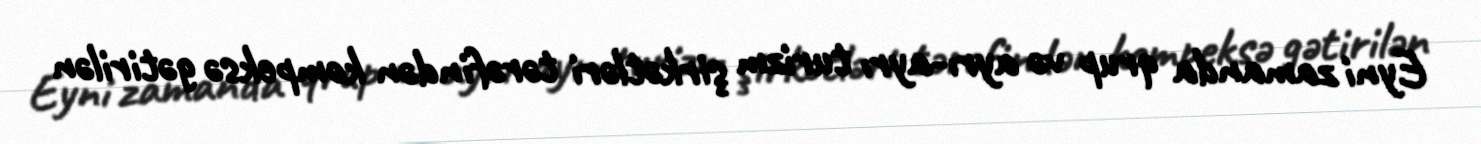
Eyni zamanda qrup və ayrı-ayrı turizm şirkətləri tərəfindən kompeksə gətirilən